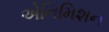
એનિમિશન